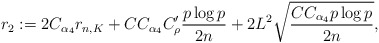
\begin{align*}r_2:=2C_{\alpha_4}r_{n,K}+CC_{\alpha_4} C_\rho'\frac{p\log p}{2n}+2L^2\sqrt{\frac{CC_{\alpha_4} p\log p}{2n}}, \end{align*}